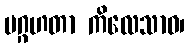
မဂ္ဂဟတာ ကိလေသာဝ၊